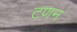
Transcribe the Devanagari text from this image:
टणन